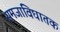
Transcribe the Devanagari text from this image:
समजाविघातक